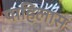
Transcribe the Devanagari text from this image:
पाहिलास